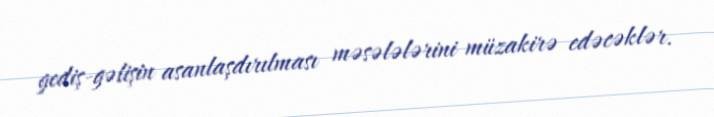
gediş-gəlişin asanlaşdırılması məsələlərini müzakirə edəcəklər.